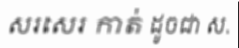
សរសេរ កាត់ ដូចជា ស.